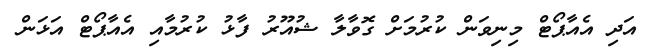
އަދި އެއާޕޯޓް މިނިވަން ކުރުމަށް ގޮވާލާ ޝުއޫރު ފާޅު ކުރުމާއި އެއާޕޯޓް އަޅަން